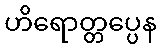
ဟိရောတ္တပ္ပေန